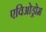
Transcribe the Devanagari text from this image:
एविओड्रोम